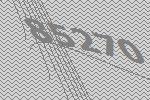
85270